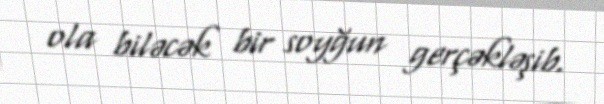
ola biləcək bir soyğun gerçəkləşib.